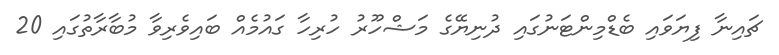
ޗައިނާ ފިޔަވައި ބެޑްމިންޓަނުގައި ދުނިޔޭގެ މަޝްހޫރު ހުރިހާ ގައުމެއް ބައިވެރިވާ މުބާރާތުގައި 20